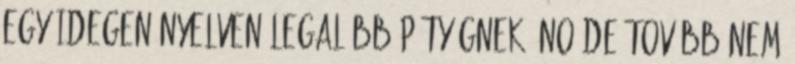
egy idegen nyelven legalább pötyögnek. No de tovább nem